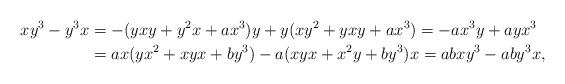
LaTeX: \begin{align*}xy^3-y^3x & = -(yxy+y^2x+ax^3)y+y(xy^2+yxy+ax^3) = -ax^3y+ayx^3 \\& =ax(yx^2+xyx+by^3)-a(xyx+x^2y+by^3)x = abxy^3-aby^3x,\end{align*}